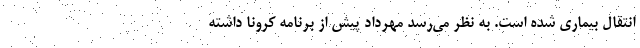
انتقال بیماری شده است. به نظر می‌رسد مهرداد پیش از برنامه کرونا داشته